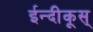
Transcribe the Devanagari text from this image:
ईन्दीकूस्